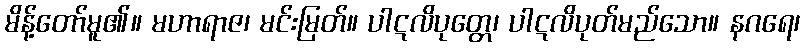
မိန့်တော်မူ၏။ မဟာရာဇ၊ မင်းမြတ်။ ပါဋလိပုတ္တေ၊ ပါဋလိပုတ်မည်သော။ နဂရေ၊